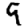
Digit: 9